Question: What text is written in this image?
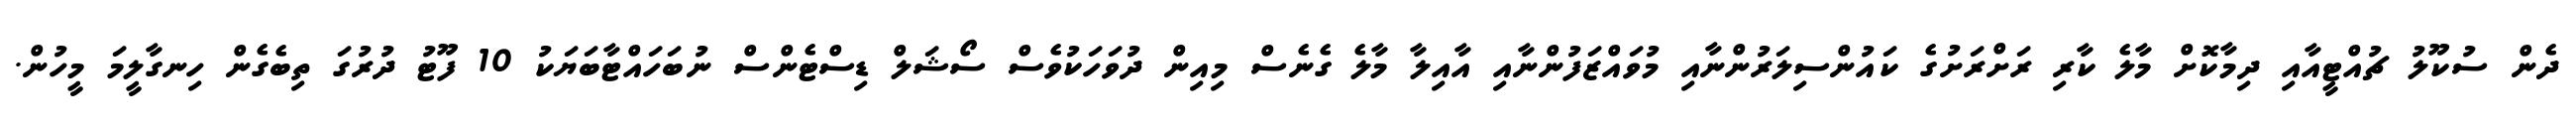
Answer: ދެން ސުކޫލު ޗުއްޓީއާއި ދިމާކޮށް މާލެ ކާރި ރަށްރަށުގެ ކައުންސިލަރުންނާއި މުވައްޒަފުންނާއި އާއިލާ މާލެ ގެނެސް މިއިން ދުވަހަކުވެސް ސޯޝަލް ޑިސްޓެންސް ނުބަހައްޓާބަޔަކު 10 ފޫޓު ދުރުގަ ތިބެގެން ހިނގާލީމަ މީހުން.